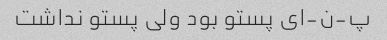
پ-ن-ای پستو بود ولی پستو نداشت